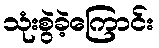
သုံးစွဲခဲ့ကြောင်း